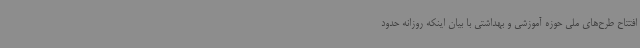
افتتاح طرح‌های ملی حوزه آموزشی و بهداشتی با بیان اینکه روزانه حدود